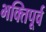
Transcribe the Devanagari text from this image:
भक्तिपूर्व